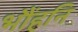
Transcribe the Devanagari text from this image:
भौंहनि